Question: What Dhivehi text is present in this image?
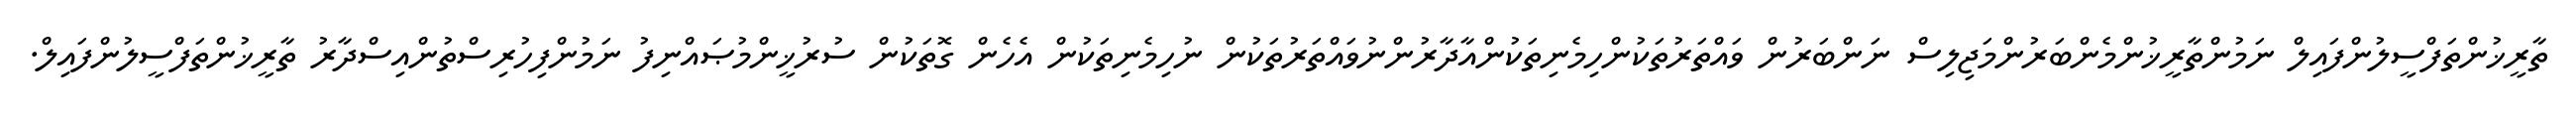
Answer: ތާރީޚުންތަފްސީލުންފައިލް ނަމުންތާރީޚުންމެންބަރުންމަޖިލިސް ނަންބަރުން ވައްތަރުތަކުންހިމެނިތަކުންއާދާރުންނުވައްތަރުތަކުން ނުހިމެނިތަކުން އެހެން ގޮތަކުން ސުރުޚީންމުޞައްނިފު ނަމުންފިހުރިސްތުންއިސްދާރު ތާރީޚުންތަފްސީލުންފައިލް.